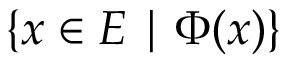
\{ x \in E \mid \Phi ( x ) \}